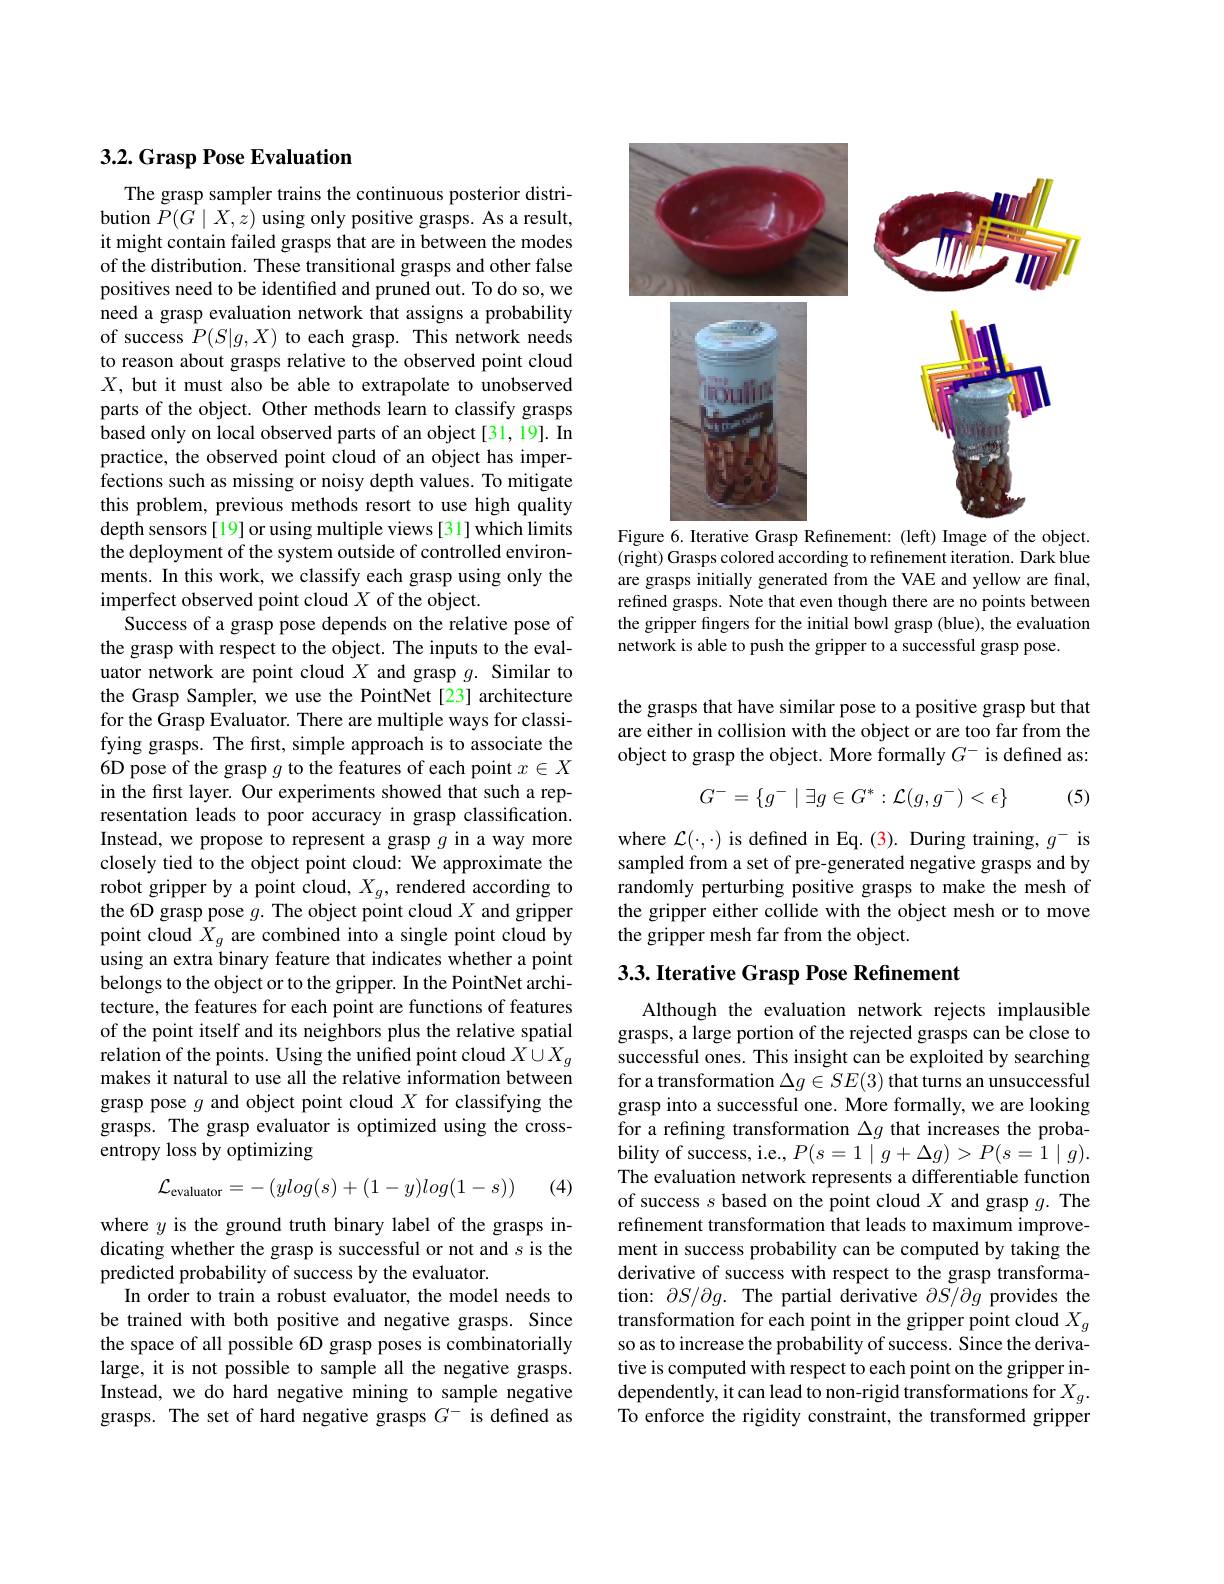
## 3.2. Grasp Pose Evaluation

The grasp sampler trains the continuous posterior distribution $P(G\mid X,z)$ using only positive grasps. As a result, it might contain failed grasps that are in between the modes of the distribution. These transitional grasps and other false positives need to be identified and pruned out. To do so, we need a grasp evaluation network that assigns a probability of success $P(S|g,X)$ to each grasp. This network needs to reason about grasps relative to the observed point cloud $X$, but it must also be able to extrapolate to unobserved parts of the object. Other methods learn to classify grasps based only on local observed parts of an object[31,19]. In practice, the observed point cloud of an object has imperfections such as missing or noisy depth values. To mitigate this problem, previous methods resort to use high quality depth sensors[19] or using multiple views[31] which limits the deployment of the system outside of controlled environments. In this work, we classify each grasp using only the imperfect observed point cloud $X$ of the object.
Success of a grasp pose depends on the relative pose of the grasp with respect to the object. The inputs to the evaluator network are point cloud $X$ and grasp $g.$ Similar to the Grasp Sampler, we use the PointNet [23] architecture for the Grasp Evaluator. There are multiple ways for classifying grasps. The first, simple approach is to associate the 6D pose of the grasp $g$ to the features of each point $x\in X$ in the first layer. Our experiments showed that such a representation leads to poor accuracy in grasp classification. Instead, we propose to represent a grasp $g$ in a way more closely tied to the object point cloud: We approximate the robot gripper by a point cloud, $X_g$, rendered according to the 6D grasp pose $g.$ The object point cloud $X$ and gripper point cloud $X_g$ are combined into a single point cloud by using an extra binary feature that indicates whether a point belongs to the object or to the gripper. In the PointNet architecture, the features for each point are functions of features of the point itself and its neighbors plus the relative spatial relation of the points. Using the unified point cloud $X\cup X_g$ makes it natural to use all the relative information between grasp pose $g$ and object point cloud $X$ for classifying the grasps. The grasp evaluator is optimized using the crossentropy loss by optimizing

(4)
$$\mathcal{L}_{\text{evaluator}}=-\left(ylog(s)+(1-y)log(1-s)\right)$$
where $y$ is the ground truth binary label of the grasps indicating whether the grasp is successful or not and $s$ is the predicted probability of success by the evaluator.
In order to train a robust evaluator, the model needs to be trained with both positive and negative grasps. Since the space of all possible 6D grasp poses is combinatorially large, it is not possible to sample all the negative grasps. Instead, we do hard negative mining to sample negative grasps. The set of hard negative grasps $G^-$ is defined as

<FigureHere>
Figure 6. Iterative Grasp Refinement: (left) Image of the object.

(right) Grasps colored according to refinement iteration. Dark blue are grasps initially generated from the VAE and yellow are final, refined grasps. Note that even though there are no points between the gripper fingers for the initial bowl grasp (blue), the evaluation network is able to push the gripper to a successful grasp pose.

the grasps that have similar pose to a positive grasp but that are either in collision with the object or are too far from the object to grasp the object. More formally $G^-$ is defined as:

(5)
$$G^-=\{g^-\mid\exists g\in G^*:\mathcal{L}(g,g^-)<\epsilon\}$$
where $\mathcal{L}(\cdot,\cdot)$ is defined in Eq.(3). During training, $g^-$ is sampled from a set of pre-generated negative grasps and by randomly perturbing positive grasps to make the mesh of the gripper either collide with the object mesh or to move the gripper mesh far from the object.

### $3. 3. \textbf{Iterative Grasp Pose Refinement}$

Although the evaluation network rejects implausible grasps, a large portion of the rejected grasps can be close to successful ones. This insight can be exploited by searching for a transformation $\Delta g\in SE(3)$ that turns an unsuccessful grasp into a successful one. More formally, we are looking for a refining transformation $\Delta g$ that increases the probability of success, i.e., $P(s=1\mid g+\Delta g)>P(s=1\mid g).$ The evaluation network represents a differentiable function of success $s$ based on the point cloud $X$ and grasp $g.$ The refinement transformation that leads to maximum improvement in success probability can be computed by taking the derivative of success with respect to the grasp transformation: $\partial S/\partial g.$ The partial derivative $\partial S/\partial g$ provides the transformation for each point in the gripper point cloud $X_g$ so as to increase the probability of success. Since the derivative is computed with respect to each point on the gripper independently, it can lead to non-rigid transformations for $X_{g}.$ To enforce the rigidity constraint, the transformed gripper